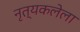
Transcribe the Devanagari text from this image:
नृत्यकलेला